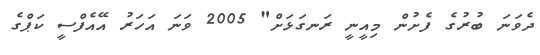
ދެވަނަ ބުރުގެ ފެށުން މިއީނީ ރަނގަޅަށް" 2005 ވަނަ އަހަރު އޭއެފްސީ ކަޕްގެ